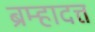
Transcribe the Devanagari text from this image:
ब्रम्हादत्त